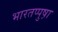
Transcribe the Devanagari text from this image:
भारतप्पुष़ा